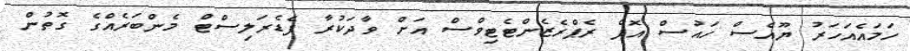
ހަމައެއަހަރު ޔޫއެސް ހައުސް އޮފް ރެޕްރެޒެންޓެޓިވްސް އަށް ވާދަކުރާ ފެޑެރަލިސްޓް މެންބަރެއްގެ ގޮތުން